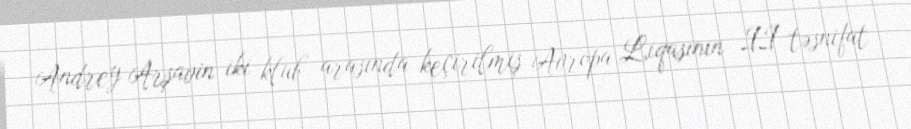
Andrey Arşavin iki klub arasında keçirilmiş Avropa Liqasının II təsnifat